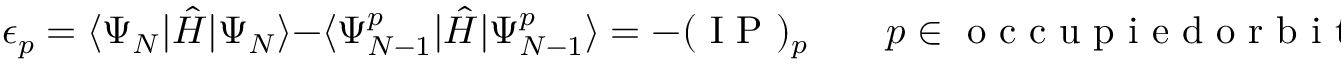
\epsilon _ { p } = \langle \Psi _ { N } | \hat { H } | \Psi _ { N } \rangle - \langle \Psi _ { N - 1 } ^ { p } | \hat { H } | \Psi _ { N - 1 } ^ { p } \rangle = - ( \mathrm { ~ I ~ P ~ } ) _ { p } \qquad p \in \mathrm { ~ o ~ c ~ c ~ u ~ p ~ i ~ e ~ d ~ o ~ r ~ b ~ i ~ t ~ a ~ l ~ }